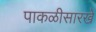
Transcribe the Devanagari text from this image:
पाकळीसारखे